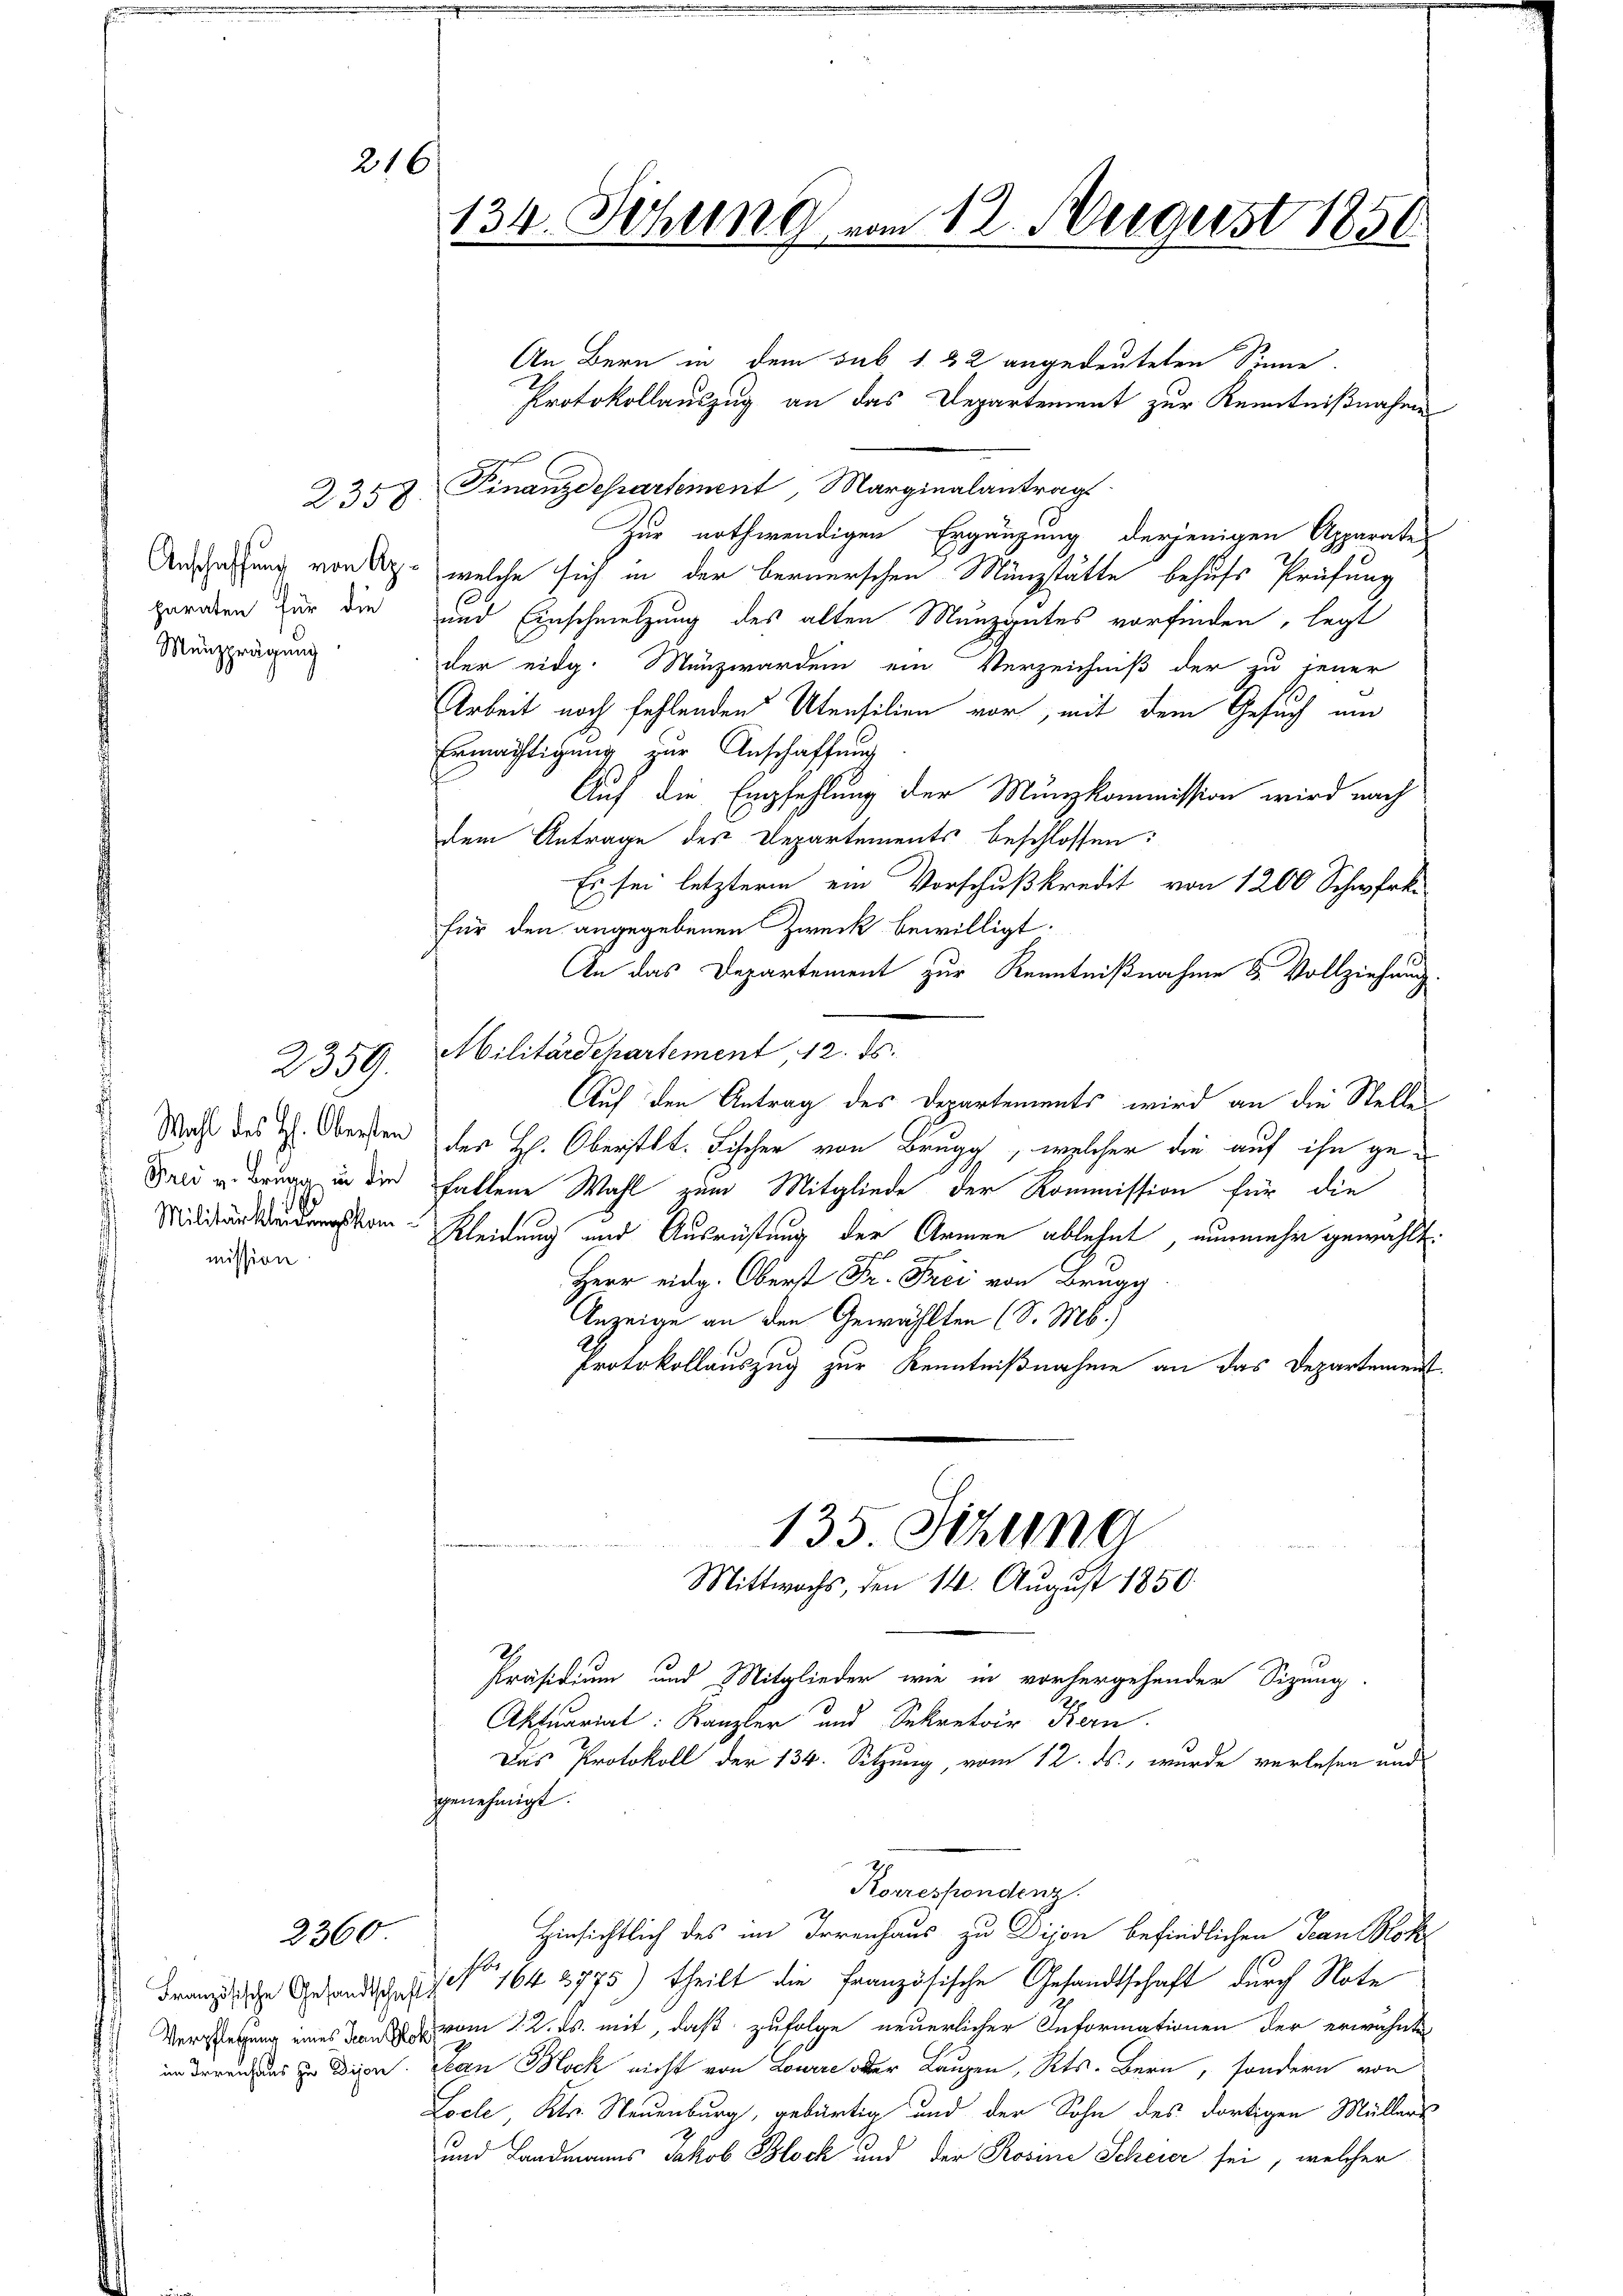
mission

2358.

2359.

2360

216

Anschaffung von Apparaten für die
Münzprägung

Wahl des H. Obersten
Frei v. Brugg in die
Militärkleidungskom¬

) Französische Gesandtschafts
im Irreichaus zu Dijon.

134. Sitzung vom 12. August 1850.

An Bern in dem sub 1. 22 angedeuteten Sinne.
Protokollauszug an das Departement zur Kenntnißnahme
Finanzdepartement, Marginalantrag
Zur nothwendigen Ergänzung derjenigen Apparate
welche sich in der bernerschen Münzstätte behufs Prüfung
und Einschmelzung des alten Munzgutes vorfinden, legt
der eidg. Münzwerden ein Verzeichniß der zu jener
Arbeit noch fehlenden Utensilien vor, mit dem Gesuch und
Ermächtigung zur Anschaffung
Auf die Empfehlung der Munzkommission wird nach
dem Antrage des Departements beschlossen:
Es sei letzteren ein Vorschußkredit von 1200 Schwerk
für den angegebenen Zweck bewilligt.
An das Departement zur Kenntnißnahme 5. Vollziehung
Militärdepartement 12. ds.
Auf den Antrag des Departements wird an die Stelle
des H. Oberstl. Fischer von Brugg, welcher die auf ihn gefallene Wahl zum Mitgliede der Kommission für die
Kleidung und Ausrüstung der Armen ablehnt, nunmehr gewählt.
Herr eidg. Oberst Fr. Frei von Brugg.
Anzeige an den Gewählten (S. M.)
Protokollauszug zur Kenntnißnahme an das Departement

135. Sitzung
Mittwochs, den 14. August 1850.
Präsidium und Mitglieder wie in vorhergehender Sizung.

Aktuariat: Kanzler und Sekretair Kern
Das Protokoll der 134. Sitzung, vom 12. ds., wurde verlesen und
genehmigt.
Korrespondenz.
Hinsichtlich des im Irrenhaus zu Dison befindlichen Jean Rok
No 164. 3795) theilt die französische Gesandtschaft durch Note
Verpflegung eines Frau vom 12. ds. mit, daß zufolge neuerlicher Informationen der erwähnte
Han Block nicht von Lowere oder Laupen, Kts. Bern, sondern von
Locle, Kts. Neuenburg, gebürtig und der Sohn des dortigen Müllers
und Landmanns Jakob Block und der Rosine Scheier sei, welcher